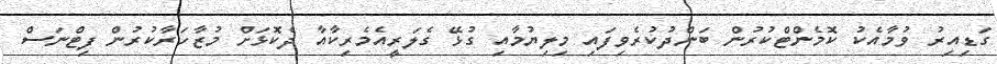
ގަޑިއިރު ވުމާއެކު ކޮމެންޓްކުރުން ބަންދުކުރެވިފައި މިލިޔުމާއި ގުޅޭ ގެލަރީއެމެރިކާއާ ދެކޮޅަށް މުޒާހަރާކުރުން ފިޓްނަސް